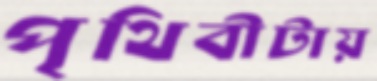
পৃথিবীটায়